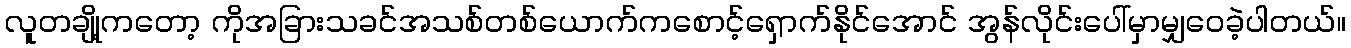
လူတချို့ကတော့ ကိုအခြားသခင်အသစ်တစ်ယောက်ကစောင့်ရှောက်နိုင်အောင် အွန်လိုင်းပေါ်မှာမျှဝေခဲ့ပါတယ်။